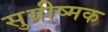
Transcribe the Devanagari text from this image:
सुग्रीष्मक